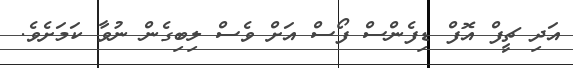
އަދި ޗީފް އޮފް ޑިފެންސް ފޯސް އަށް ވެސް ލިބިގެން ނުވާ ކަމަށެވެ.